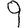
Digit: 9